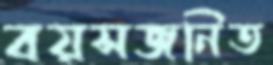
বয়সজনিত